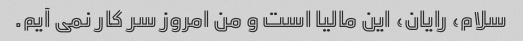
سلام، رایان، این مالیا است و من امروز سر کار نمی آیم.